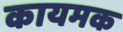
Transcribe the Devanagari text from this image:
कायमक